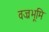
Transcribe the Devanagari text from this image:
वज्रभूमि